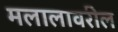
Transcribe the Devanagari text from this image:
मलालावरील